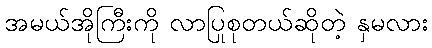
အမယ်အိုကြီးကို လာပြုစုတယ်ဆိုတဲ့ နှမလား